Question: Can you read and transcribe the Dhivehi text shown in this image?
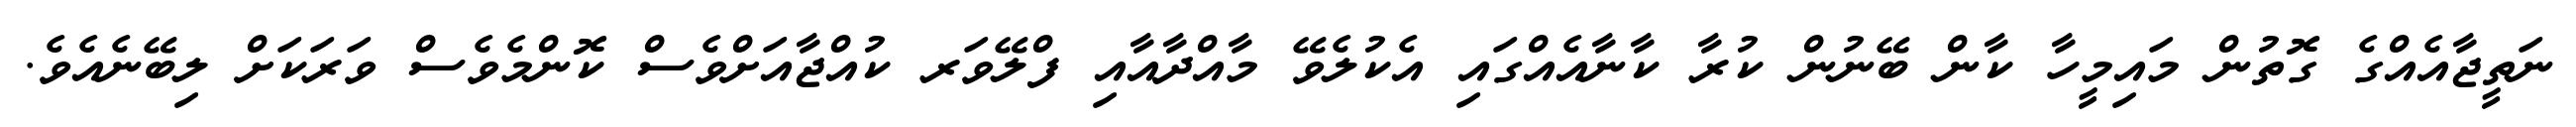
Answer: ނަތީޖާއެއްގެ ގޮތުން މައިމީހާ ކާން ބޭނުން ކުރާ ކާނާއެއްގައި އެކުލެވޭ މާއްދާއާއި ފްލޭވަރ ކުއްޖާއަށްވެސް ކޮންމެވެސް ވަރަކަށް ލިބޭނެއެވެ.